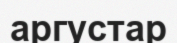
аргустар